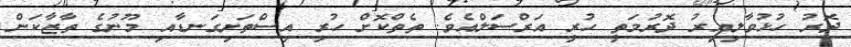
ދޮރު ހުޅުވާލިއިރު ދޮރުމަތީ ހުރީ އަރްސަލްއެވެ. ތެތްކޮށް ހުރި އިސްތަށިގަނޑާއި މޫނުގެ ތާޒާކަން